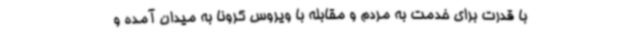
با قدرت برای خدمت به مردم و مقابله با ویروس کرونا به میدان آمده و